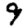
Digit: 9